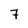
Character: 7